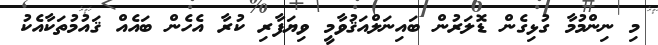
މި ނިންމުމާ ގުޅިގެން ޑޮލަރުން ބައިނަލްއަޤުވާމީ ވިޔަފާރި ކުރާ އެހެން ބައެއް ޤައުމުތަކާއެކު